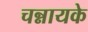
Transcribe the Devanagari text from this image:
चन्नायके